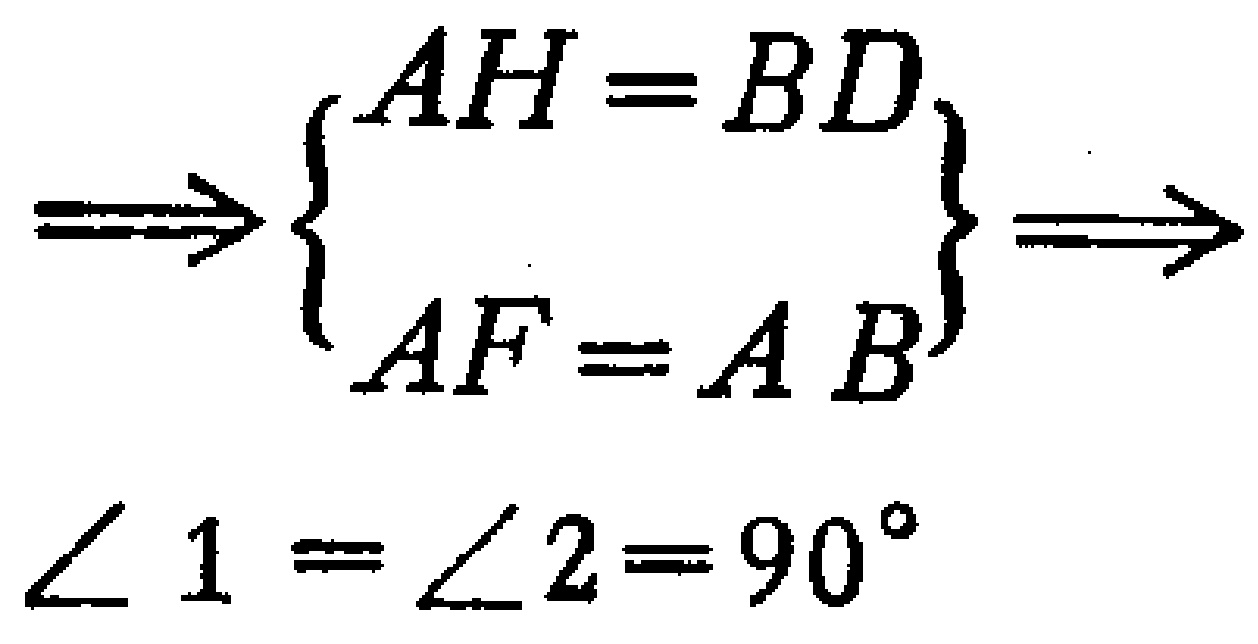
\[\Rightarrow
\begin{cases}
AH = BD \\
AF = AB
\end{cases}
\Rightarrow\]
\[\angle 1=\angle 2 = 90^{\circ}\]